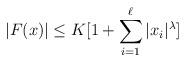
LaTeX: \begin{align*}|F(x)|\leq K[1+\sum_{i=1}^\ell|x_i|^\lambda]\end{align*}